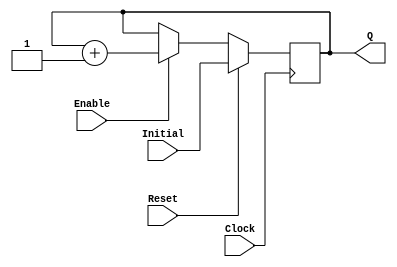
`timescale 1ns / 1ps
//------------------------------------------------
module UPCOUNTER_POSEDGE # (parameter SIZE=16)
(
input wire Clock, Reset,
input wire [SIZE-1:0] Initial,
input wire Enable,
output reg [SIZE-1:0] Q
);


  always @(posedge Clock )
  begin
      if (Reset)
        Q = Initial;
      else
		begin
		if (Enable)
			Q = Q + 1;

		end
  end

endmodule
//----------------------------------------------------
module FFD_POSEDGE_SYNCRONOUS_RESET # ( parameter SIZE=8 )
(
	input wire				Clock,
	input wire				Reset,
	input wire				Enable,
	input wire [SIZE-1:0]	D,
	output reg [SIZE-1:0]	Q
);


always @ (posedge Clock)
begin
	if ( Reset )
		Q <= 0;
	else
	begin
		if (Enable)
			Q <= D;
	end

end//always

endmodule


//----------------------------------------------------------------------
//Se define el mdulo de suma para implementar el "array multiplier"
module EMUL(
 input wire wA,
 input wire wB,
 input wire iCarry,
 output wire      oCarry,
 output wire      oR
);

     assign {oCarry,oR} = wA + wB + iCarry;
endmodule // EMUL

//----------------------------------------------------------------------
//Se define el mdulo de FFD de 8 bits para usarlo como registro auxiliar
//y evitar un error por sensibilidad en el always@(*) de MiniAlu_E2.v.
module Buffer8b(
 input wire [15:0] iI,
 output reg [15:0] oO
);
   always @ (*)
   begin
      oO <= iI;
   end
endmodule //Buffer8b